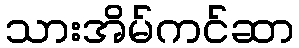
သားအိမ်ကင်ဆာ